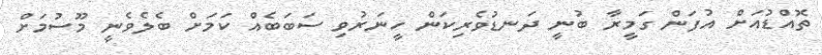
ތޮއްޑުއަށް އުފަން ގަމީރާ ބުނީ ދަނޑުވެރިކަން ހީނަރުވި ސަބަބެއް ކަމަށް ބެލެވެނީ މޫސުމަށް